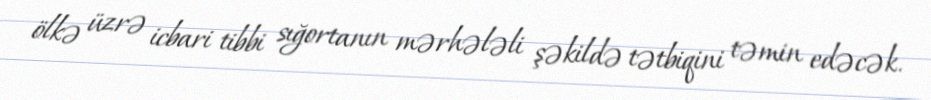
ölkə üzrə icbari tibbi sığortanın mərhələli şəkildə tətbiqini təmin edəcək.